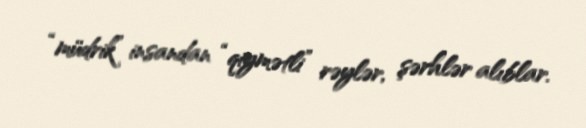
“müdrik” insandan “qiymətli” rəylər, şərhlər alıblar.